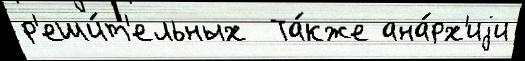
р'еши́т'ельных  Та́кже ана́рх'иjи